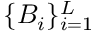
\{ B _ { i } \} _ { i = 1 } ^ { L }